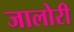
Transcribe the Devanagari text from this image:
जालोरी